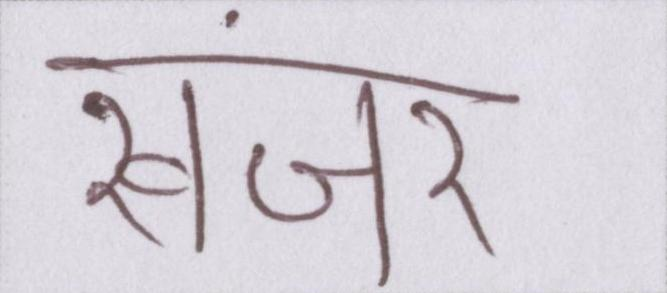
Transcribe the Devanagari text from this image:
खंजर